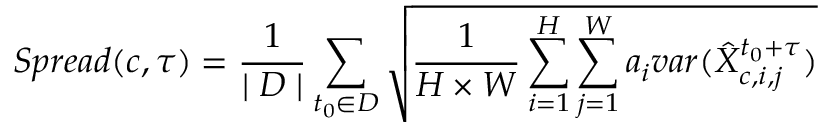
S p r e a d ( c , \tau ) = \frac { 1 } { \mid D \mid } \sum _ { t _ { 0 } \in D } \sqrt { \frac { 1 } { H \times W } \sum _ { i = 1 } ^ { H } \sum _ { j = 1 } ^ { W } a _ { i } v a r ( \hat { X } _ { c , i , j } ^ { t _ { 0 } + \tau } ) }